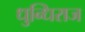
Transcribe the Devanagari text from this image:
धुन्धिराज